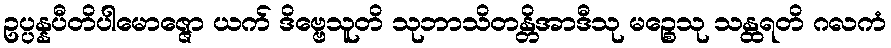
ဥပ္ပန္နပီတိပါမောဇ္ဇော ယက် ဒိဗ္ဗေသူတိ သုဘာသိတန္တိအာဒီသု မဉ္စေသု သန္ထရတိ ဂလကံ